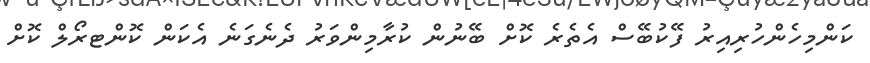
ކަންމިހެންހުރިއިރު ފޭކުބޭސް އެތެރެ ކޮށް ބޭނުން ކުރާމިންވަރު ދެނެގަނެ އެކަން ކޮންޓރޯލް ކޮށް